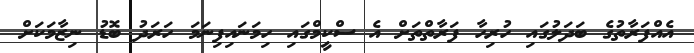
އެއްފަރާތުގެ ބަދަލުގައި ހުރިހާ ފަރާތްތަށް އެ ސްކީމްގައި ހިމަނައިފިނަމަ ހަރަދު ބޮޑު ނިޒާމަކަށް